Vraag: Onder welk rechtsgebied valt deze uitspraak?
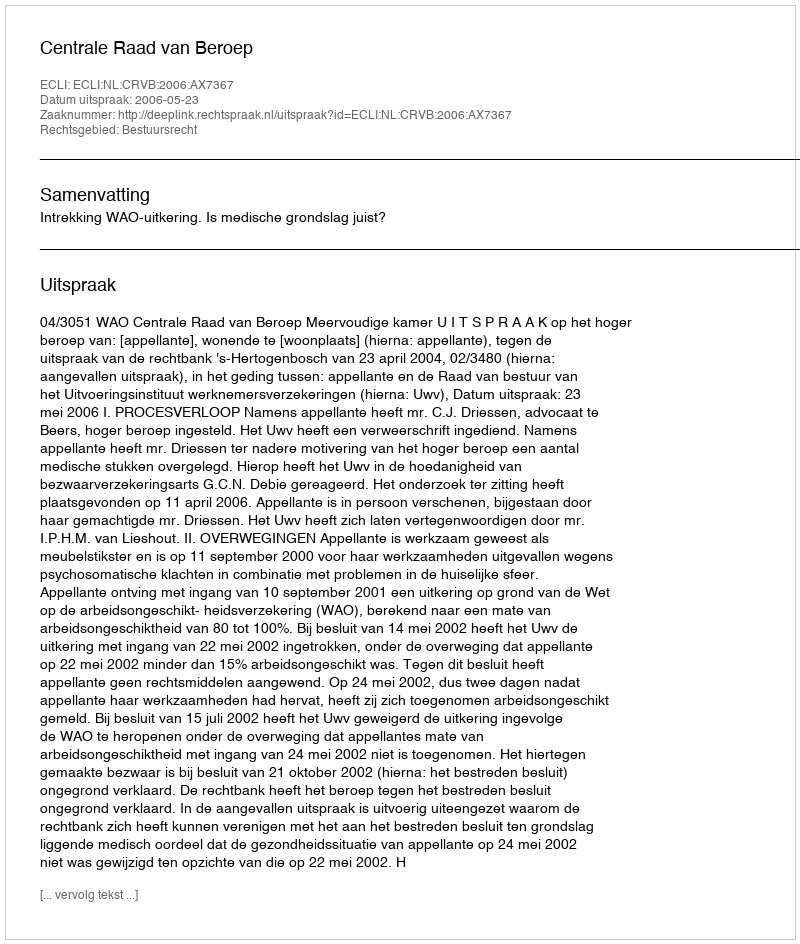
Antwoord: Bestuursrecht